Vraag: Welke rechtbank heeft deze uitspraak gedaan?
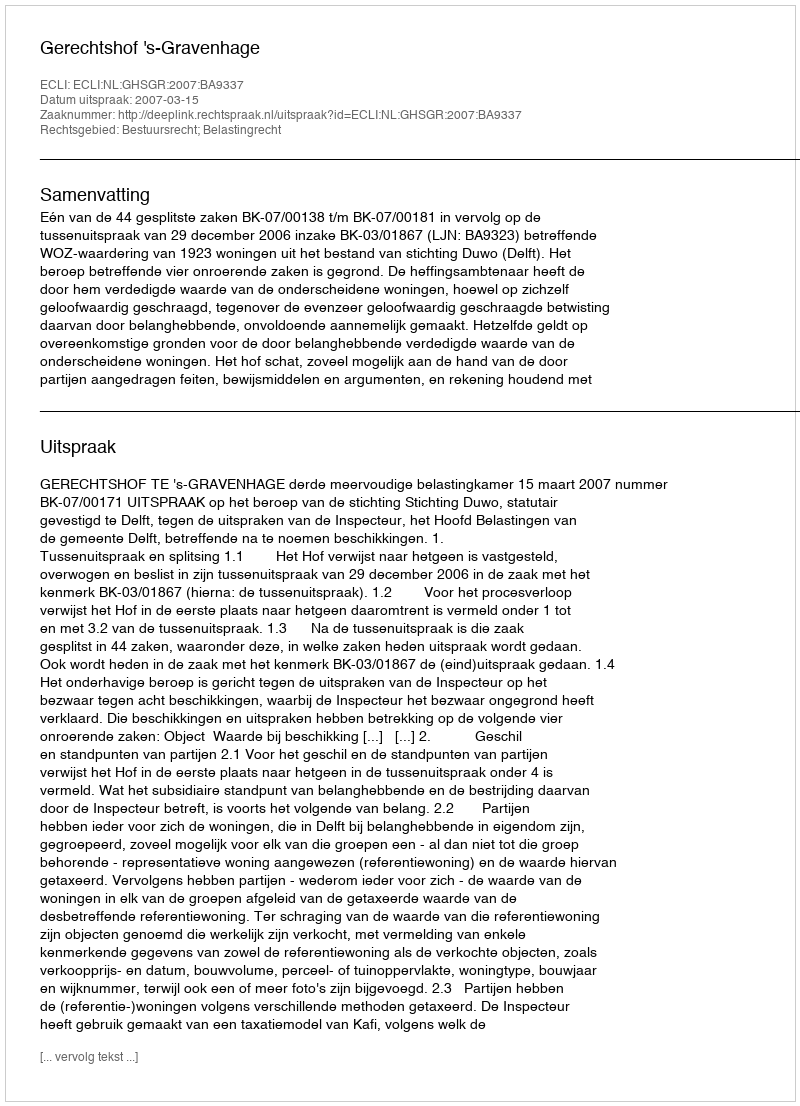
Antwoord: Gerechtshof 's-Gravenhage